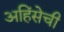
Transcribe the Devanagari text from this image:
अहिंसेची